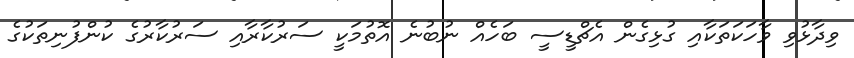
ވިދާޅުވި ވާހަކަތަކާއި ގުޅިގެން އެޗްޑީސީ ބަހެއް ނުބުނެ އޮތުމަކީ ސަރުކާރާއި ސަރުކާރުގެ ކުންފުނިތަކުގެ